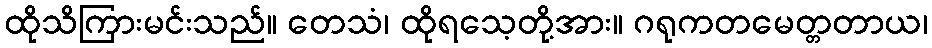
ထိုသိကြားမင်းသည်။ တေသံ၊ ထိုရသေ့တို့အား။ ဂရုကတမေတ္တတာယ၊